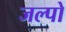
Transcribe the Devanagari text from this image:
जल्पो